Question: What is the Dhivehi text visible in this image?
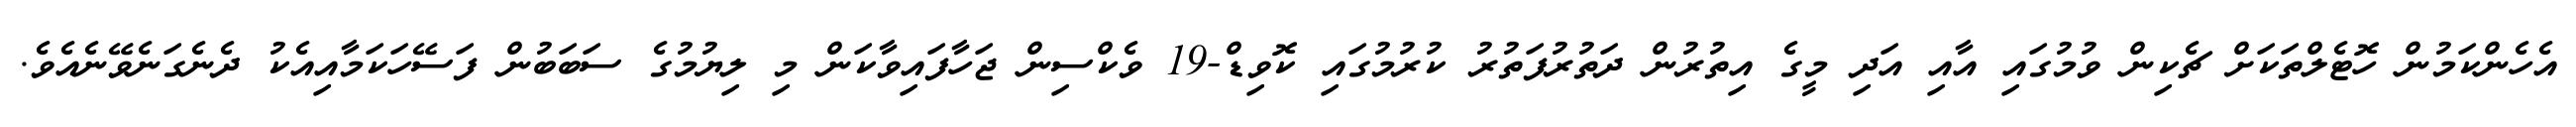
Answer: އެހެންކަމުން ހޮޓެލްތަކަށް ޗެކިން ވުމުގައި އާއި އަދި މީގެ އިތުރުން ދަތުރުފަތުރު ކުރުމުގައި ކޮވިޑް-19 ވެކްސިން ޖަހާފައިވާކަން މި ލިޔުމުގެ ސަބަބުން ފަސޭހަކަމާއިއެކު ދެނެގަނެވޭނެއެވެ.